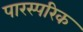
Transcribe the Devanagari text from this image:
पारस्‍परिक